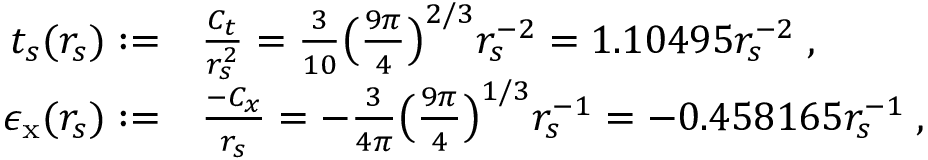
\begin{array} { r l } { t _ { s } ( r _ { s } ) : = } & { \frac { C _ { t } } { r _ { s } ^ { 2 } } = \frac { 3 } { 1 0 } \big ( \frac { 9 \pi } { 4 } \big ) ^ { 2 / 3 } r _ { s } ^ { - 2 } = 1 . 1 0 4 9 5 r _ { s } ^ { - 2 } \; , } \\ { \epsilon _ { \mathrm { x } } ( r _ { s } ) : = } & { \frac { - C _ { x } } { r _ { s } } = - \frac { 3 } { 4 \pi } \big ( \frac { 9 \pi } { 4 } \big ) ^ { 1 / 3 } r _ { s } ^ { - 1 } = - 0 . 4 5 8 1 6 5 r _ { s } ^ { - 1 } \; , } \end{array}